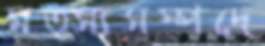
মত্স্যসম্পদে